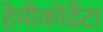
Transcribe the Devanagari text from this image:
हेमीकोर्डेटा